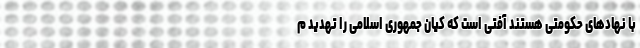
با نهادهای حکومتی هستند آفتی است که کیان جمهوری اسلامی را تهدید م